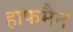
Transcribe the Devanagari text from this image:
हाफमैन